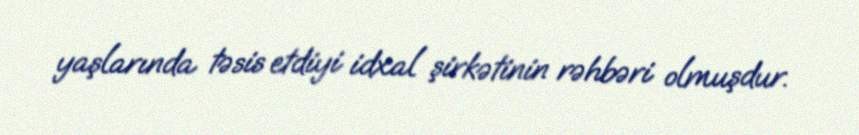
yaşlarında təsis etdiyi idxal şirkətinin rəhbəri olmuşdur.